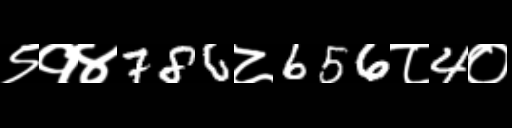
Text: ९१४786८656८4०